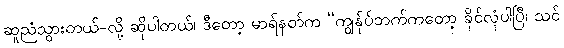
ဆူညံသွားတယ်-လို့ ဆိုပါတယ်၊ ဒီတော့ မာရ်နတ်က “ကျွန်ုပ်ဘက်ကတော့ ခိုင်လုံပါပြီ၊ သင်